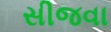
સીજવા